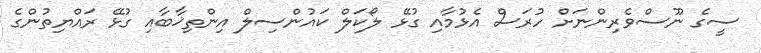
ސީގެ ނޫސްވެރިންނަށް ހުރަސް އެޅުމާއި ގުޅޭ ލޯކަލް ކައުންސިލް އިންތިޚާބާއި ގުޅޭ ރައްޔިތުންގެ